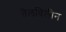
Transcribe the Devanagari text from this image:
तैलविलीन